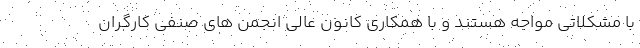
با مشکلاتی مواجه هستند و با همکاری کانون عالی انجمن های صنفی کارگران